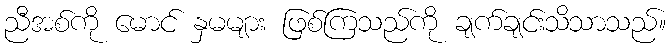
ညီအစ်ကို မောင် နှမများ ဖြစ်ကြသည်ကို ချက်ချင်းသိသာသည်။